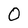
Character: O